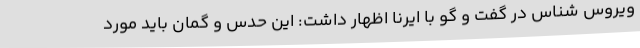
ویروس شناس در گفت و گو با ایرنا اظهار داشت: این حدس و گمان باید مورد